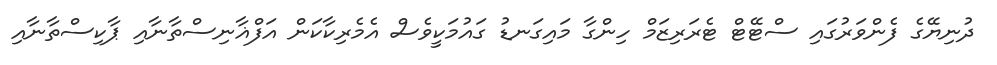
ދުނިޔޭގެ ފެންވަރުގައި ސްޓޭޓް ޓެރަރިޒަމް ހިންގާ މައިގަނޑު ގައުމަކީވެސް އެމެރިކާކަން އަފްޣާނިސްތާނާއި ޕާކިސްތާނާއި